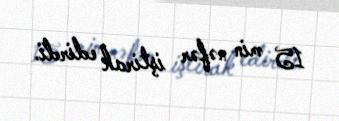
15 min nəfər iştirak edirdi.